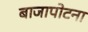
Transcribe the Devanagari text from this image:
बाजापोटना